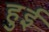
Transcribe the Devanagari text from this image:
हुुई